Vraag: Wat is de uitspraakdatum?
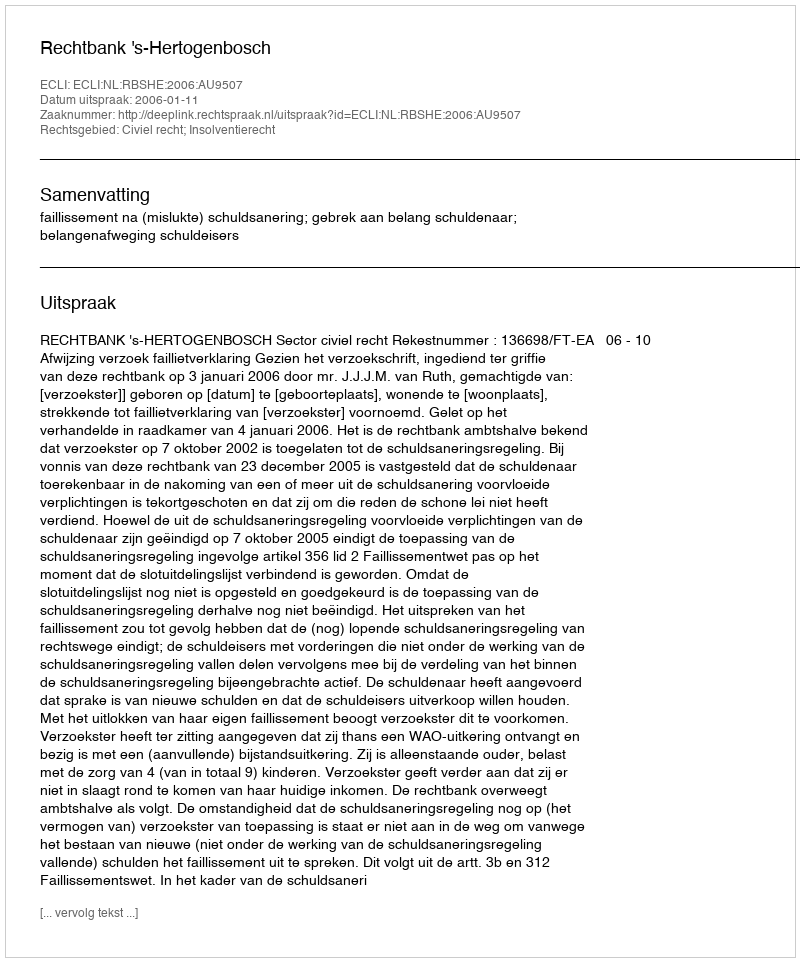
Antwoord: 2006-01-11